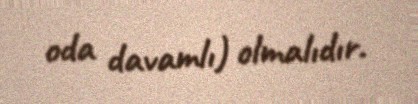
oda davamlı) olmalıdır.